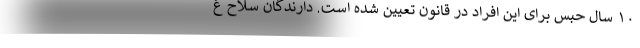
۱۰ سال حبس برای این افراد در قانون تعیین شده است. دارندگان سلاح غ